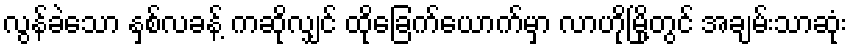
လွန်ခဲသော နှစ်လခန့် ကဆိုလျှင် ထိုခြေက်ယောက်မှာ လာဟိုမြို့တွင် အချမ်းသာဆုံး